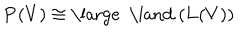
{ \bf P } ( V ) \cong { \mathrm { \large ~ \land ~ } } ( { \bf L } ( V ) )